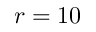
r = 1 0